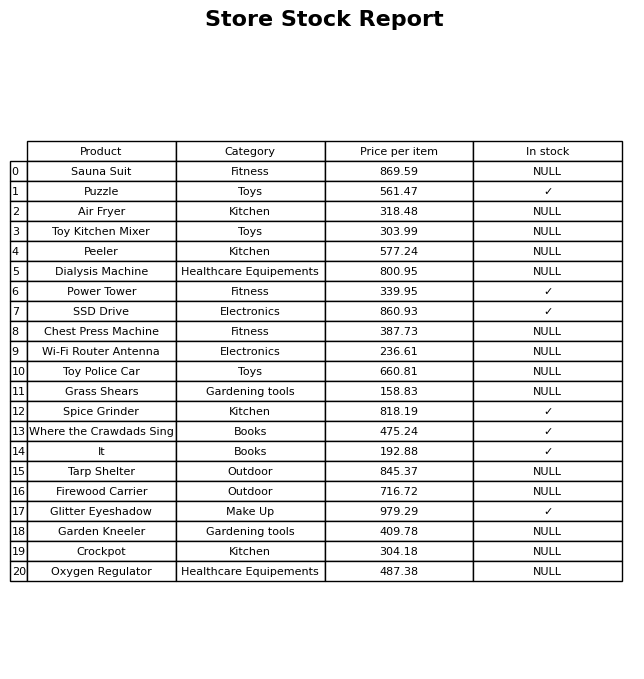
question: What is the price for Crockpot?
answer: The price of Crockpot is 304.18.